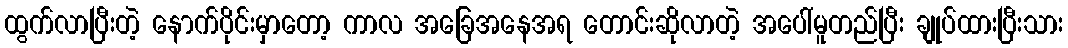
ထွက်လာပြီးတဲ့ နောက်ပိုင်းမှာတော့ ကာလ အခြေအနေအရ တောင်းဆိုလာတဲ့ အပေါ်မူတည်ပြီး ချုပ်ထားပြီးသား